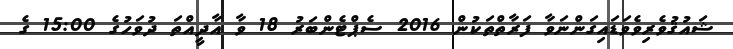
ޝައުޤުވެރިވެވަޑައިގަންނަވާ ފަރާތްތަކުން 2016 ސެޕްޓެންބަރު 18 ވާ އާދީއްތަ ދުވަހުގެ 15:00 ގެ